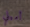
أميلي